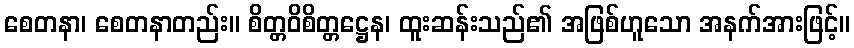
စေတနာ၊ စေတနာတည်း။ စိတ္တဝိစိတ္တဋ္ဌေန၊ ထူးဆန်းသည်၏ အဖြစ်ဟူသော အနက်အားဖြင့်။